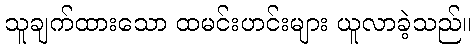
သူချက်ထားသော ထမင်းဟင်းများ ယူလာခဲ့သည်။